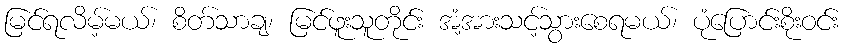
မြင်ရလိမ့်မယ်၊ စိတ်သာချ၊ မြင်ဖူးသူတိုင်း အံ့အားသင့်သွားစေရမယ်၊ ပုံပြောင်းစိုးဝင်း